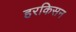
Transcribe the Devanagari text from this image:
हरकिसन